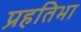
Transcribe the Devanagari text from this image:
प्रहतिभा